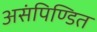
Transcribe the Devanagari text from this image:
असंपिण्डित